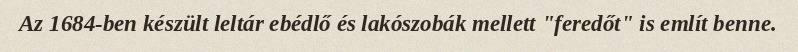
Az 1684-ben készült leltár ebédlő és lakószobák mellett "feredőt" is említ benne.